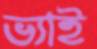
ভ্যাই